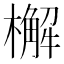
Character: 檞